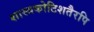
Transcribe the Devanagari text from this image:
शास्त्रकोटिशतैरपि